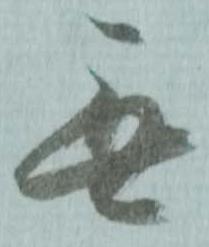
無